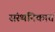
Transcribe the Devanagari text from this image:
संस्थनिकात